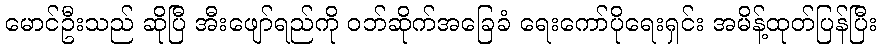
မောင်ဦးသည် ဆိုပြီ အီးဖျော်ရည်ကို ဝဘ်ဆိုက်အခြေခံ ရေးကော်ပိုရေးရှင်း အမိန့်ထုတ်ပြန်ပြီး